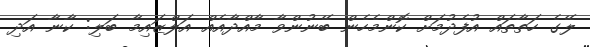
ލޭގެ ހަތާތައް އުފެދުމަށް ކޮންމެހެން ބޭނުންވާ މާއްދާއެއް އަލްޒައިމާ ބަލި: ކާނާ އަދި